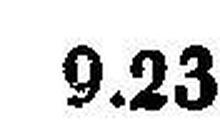
9.23